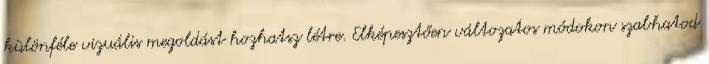
különféle vizuális megoldást hozhatsz létre. Elképesztően változatos módokon szabhatod